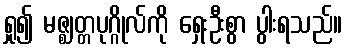
ရှု၍ မဇ္ဈတ္တပုဂ္ဂိုလ်ကို ရှေးဦးစွာ ပွါးရသည်။